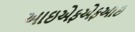
આઇએફએફઆઇ